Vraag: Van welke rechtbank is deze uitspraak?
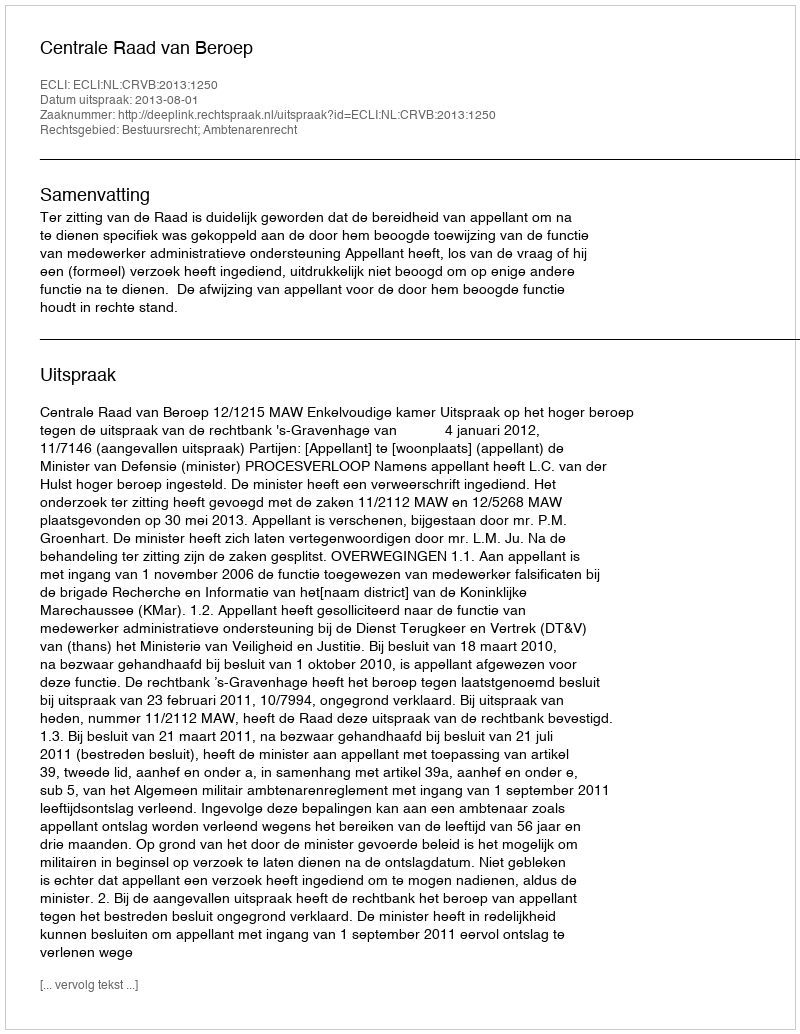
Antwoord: Centrale Raad van Beroep